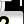
Digit: 2